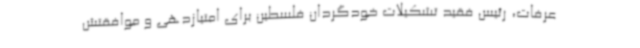
عرفات، رئیس فقید تشکیلات خودگردان فلسطین برای امتیازدهی و موافقتش